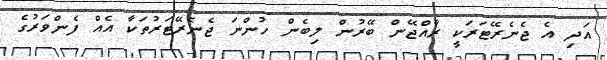
އަދި އެ ޖެނެރޭޓަރަކީ ރާއްޖޭން ބޭރުން ލިބެން ހުންނަ ޖެނެރޭޓަރުތަކާ އެއް ފެންވަރުގެ